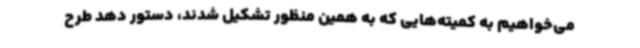
می‌خواهیم به کمیته‌هایی که به همین منظور تشکیل شدند، دستور دهد طرح